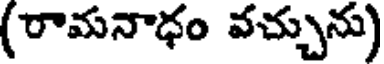
(రామనాధం వచ్చును)